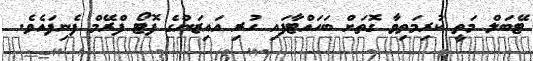
ޓޭބަލް މަތީ ކުރިމަތިވާ ގޮތަށް ބަހައްޓާފައި ހުރި އައިޒަންގެ ފޮޓޯ ފްރޭމް ފެނިފައެވެ.